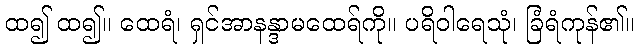
ထ၍ ထ၍။ ထေရံ၊ ရှင်အာနန္ဒာမထေရ်ကို။ ပရိဝါရေသုံ၊ ခြံရံကုန်၏။